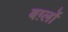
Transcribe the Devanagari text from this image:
बर्ग़्लो